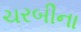
ચરબીના